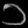
Digit: ၁